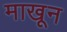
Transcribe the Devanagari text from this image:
माखून